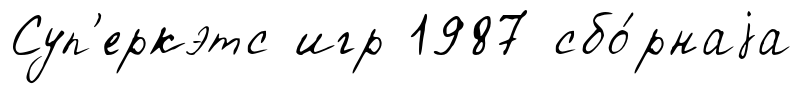
Суп'еркэтс игр 1987 сбо́рнаjа